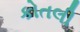
કોતલી